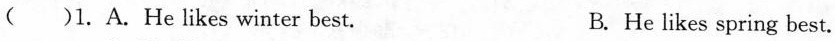
()1. A. He likes winter best. B. He likes spring best.